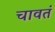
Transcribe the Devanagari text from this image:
चावतं